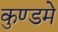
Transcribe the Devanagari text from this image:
कुण्डमे